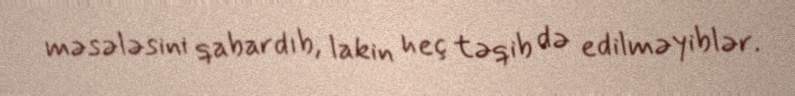
məsələsini qabardıb, lakin heç təqib də edilməyiblər.